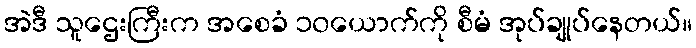
အဲဒီ သူဌေးကြီးက အစေခံ ၁၀ယောက်ကို စီမံ အုပ်ချုပ်နေတယ်။